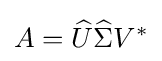
A={\widehat {U}}{\widehat {\Sigma }}V^{\ast }